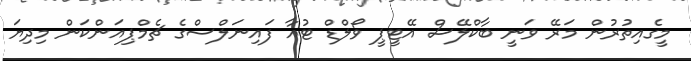
މީގެއިތުރުން މަރޭ ވަނީ ބާކްލޭސް އޭޓީޕީ ވޯލްޑް ޓުއާ ފައިނަލްސްގެ ޗެމްޕިއަންކަން މިދިޔަ